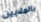
بالملايين